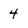
Character: 4